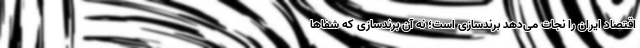
اقتصاد ایران را نجات می‌دهد برندسازی است؛ نه آن برندسازی که شفاها